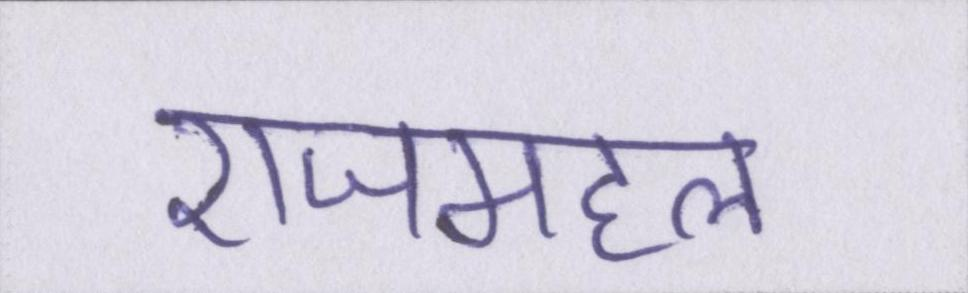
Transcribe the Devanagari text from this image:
राजमहल